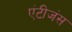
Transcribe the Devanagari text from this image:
एंटीजंस